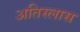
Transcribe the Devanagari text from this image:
अतिस्लास